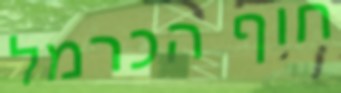
חוף הכרמל